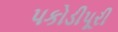
પકોડીપૂરી